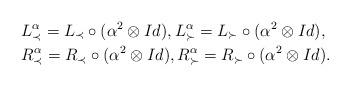
LaTeX: \begin{align*}& L_\prec^\alpha=L_\prec\circ(\alpha^2\otimes Id), L_\succ^\alpha=L_\succ\circ(\alpha^2\otimes Id), \\& R_\prec^\alpha=R_\prec\circ(\alpha^2\otimes Id), R_\succ^\alpha=R_\succ\circ(\alpha^2\otimes Id).\end{align*}